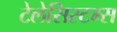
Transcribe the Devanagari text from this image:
टेलेसिस्टम्स